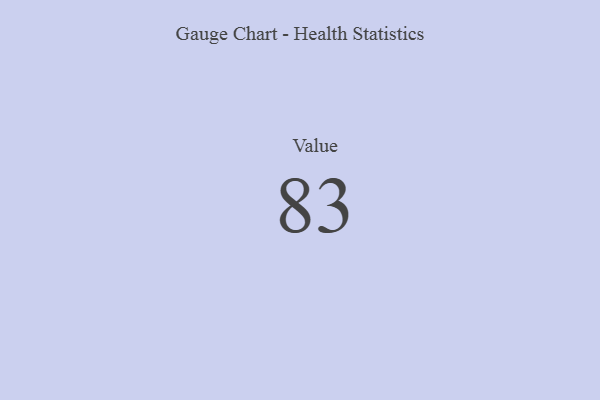
{"axis": {"x": "Metric", "y": "Value"}, "legend": [""], "data": [{"x": "Value", "y": 83, "type": ""}]}